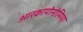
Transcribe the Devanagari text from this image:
आरकायोनोमिया